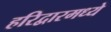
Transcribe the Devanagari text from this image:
हरिद्वारमध्ये